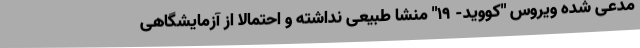
مدعی شده ویروس "کووید- 19" منشا طبیعی نداشته و احتمالا از آزمایشگاهی